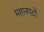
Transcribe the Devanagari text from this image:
महानपदों